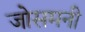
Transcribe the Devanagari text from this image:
जोसमनी